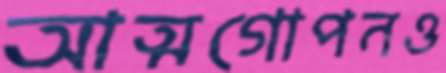
আত্মগোপনও